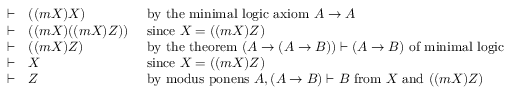
{ \begin{array} { c l l } { \vdash } & { ( ( m X ) X ) } & { { \mathrm { ~ b y ~ t h e ~ m i n i m a l ~ l o g i c ~ a x i o m ~ } } A \to A } \\ { \vdash } & { ( ( m X ) ( ( m X ) Z ) ) } & { { \mathrm { ~ s i n c e ~ } } X = ( ( m X ) Z ) } \\ { \vdash } & { ( ( m X ) Z ) } & { { \mathrm { ~ b y ~ t h e ~ t h e o r e m ~ } } ( A \to ( A \to B ) ) \vdash ( A \to B ) { \mathrm { ~ o f ~ m i n i m a l ~ l o g i c ~ } } } \\ { \vdash } & { X } & { { \mathrm { ~ s i n c e ~ } } X = ( ( m X ) Z ) } \\ { \vdash } & { Z } & { { \mathrm { ~ b y ~ m o d u s ~ p o n e n s ~ } } A , ( A \to B ) \vdash B { \mathrm { ~ f r o m ~ } } X { \mathrm { ~ a n d ~ } } ( ( m X ) Z ) } \end{array} }